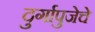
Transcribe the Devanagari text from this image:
दुर्गापुजेचे